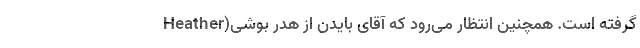
گرفته است. همچنین انتظار می‌رود که آقای بایدن از هدر بوشی(Heather